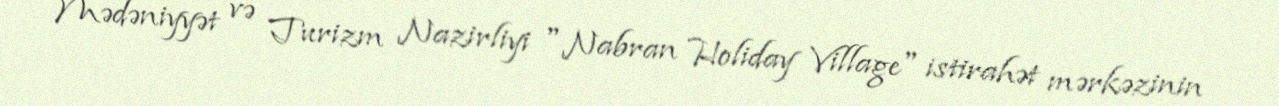
Mədəniyyət və Turizm Nazirliyi "Nabran Holiday Village" istirahət mərkəzinin